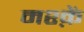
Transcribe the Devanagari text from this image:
मश्क़ें